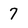
Character: 7